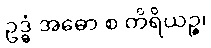
ဥဒ္ဓံ အဓော စ တိရိယဉ္စ၊